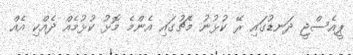
ޕީއެސްޖީ ދަނޑުގައި ރޭ ކުޅުނު މެޗުގައި އެންމެ މޮޅު ކުޅުމެއް ދެއްކި އެއް